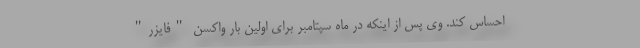
احساس کند. وی پس از اینکه در ماه سپتامبر برای اولین بار واکسن "فایزر"